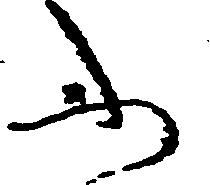
ふ